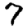
Digit: 7